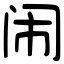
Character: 闹